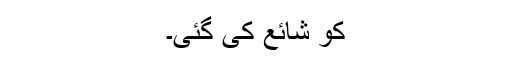
کو شائع کی گئی۔